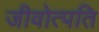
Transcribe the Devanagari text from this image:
जीवोत्पति